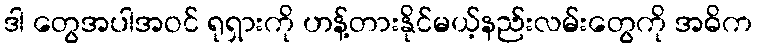
ဒါ တွေအပါအဝင် ရုရှားကို ဟန့်တားနိုင်မယ့်နည်းလမ်းတွေကို အဓိက